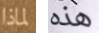
لماذا هذه